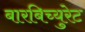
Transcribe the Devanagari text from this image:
बारबिच्युरेट